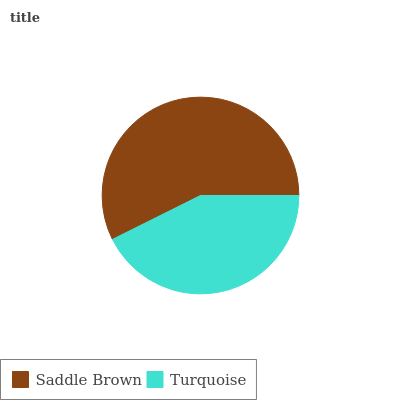
| Saddle Brown | Turquoise |
 | --- | --- |
 | 57.3% | 42.7% |